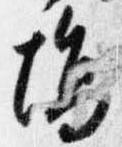
場